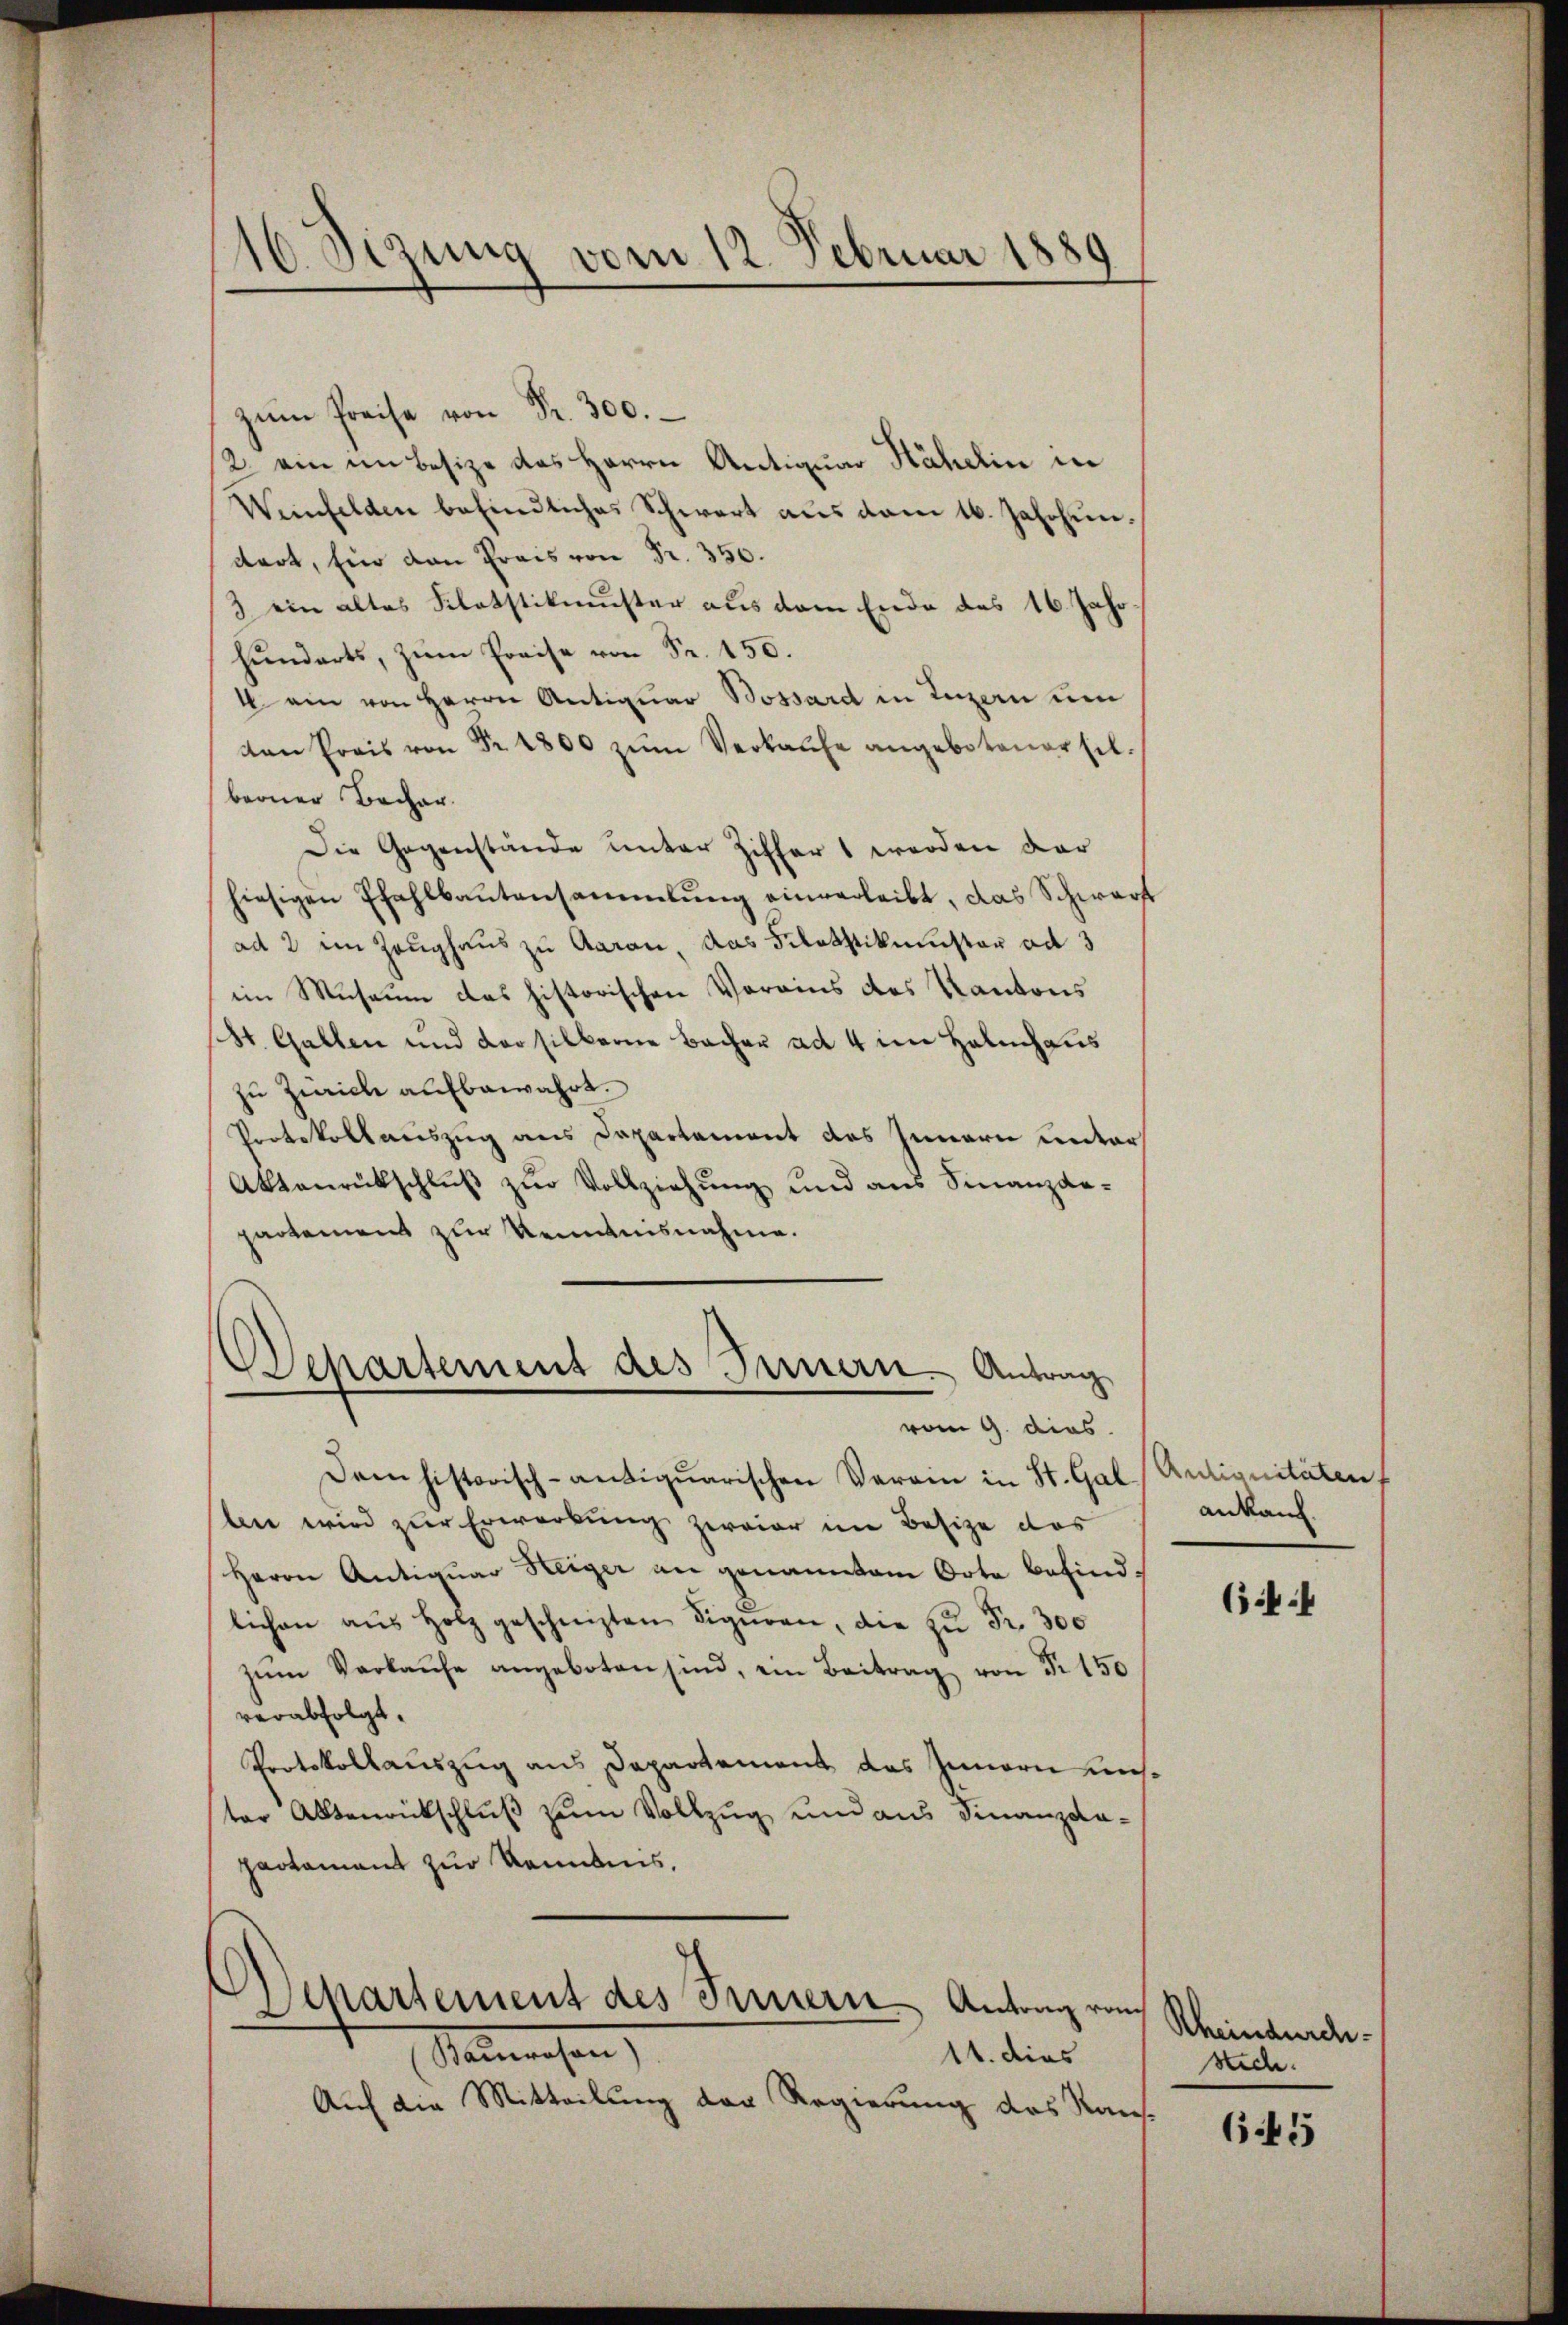
10 Sizung vom 12. Februar 1880

zŭm Preise von Fr. 300.
2. ein im Besize des Herrn Antiquar Hähelin in
Weinfelden befindliches Schwert aus dem 16. Jahrhun
dert, für den Preis von Fr. 350.
3 ein altes Schatstikister aus dem Ende des 16. Jahrhŭndarts, zŭm Preise von Sr. 150.
4 ein von Herrn Antiquar Bossard in Luzern um
von Preis von Fr. 1800 zŭm Verkaŭfe angebotener sel.
berner Bacher.
Die Gegenstände unter Ziffert werden dar
hiesigen Pfahlbautensammlung einverleibt, das Schwart
ad 2 ein Zeughaus zu Garan, das Filattikister ad 3
im Museum das historischen Vereins des Kantons
St. Gallen und vorsilberne Bacher ad 4 im Halmhaus
zu Zwicke aufbewahrt.
Protokollauszug aus Departement des Innern unters
Aktenrückschluß zur Vollziehung und aus Finanzde-
partement zur Kenntnisnahme.
Departement des Innern Antrag

vom 9. dies

Separtement des Innern Antrag ran

Dem historisch-antiquarischen Verein in St. Gal
len wird zur Erwerkung zweier im Besize das
Herrn Antiquar Weiger an genanntem Orte befindlichen aŭs Holz geschreizten Figuren, die zŭ Fr. 300
zŭm Verkaŭfe angeboten sind, ein Beitrag von Fr. 150
verabfolgt.
Protokollauszug aus Departement das Innern unter Aktenrückschluß zum Vollzug und aus Finanzdapactament zur Kenntnis.

Salmachen,
14. dies
Auf die Mitteilung der Regierung des Raus¬

Antionitäten
ankauf.

64

Rheindurch
stich.

645